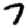
Digit: 7